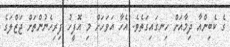
ގެ ކެބިންއާ ދިމާއަށް ހިނގައިގަތެވެ. އެހާ އަވަހަށް މި އޮފީހު ފިރިހެނުންތަށް ޖަޒްލަގެ